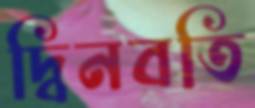
দ্বিনবতি